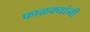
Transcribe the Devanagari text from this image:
फाळक्यांनी